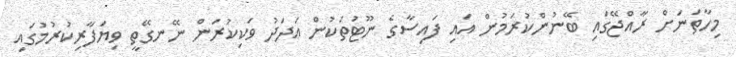
މިހާތަނަށް ރާއްޖޭގައި ބޭނުންކުރަމުން އައި ފައިސާގެ ނޫޓުތަކުން އަދަދު ވަކިކުރަން ނޭނގޭތީ ވިޔަފާރިކުރުމުގައި